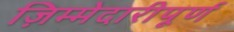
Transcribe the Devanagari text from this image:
ज़िम्मेदारीपूर्ण